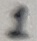
Text: 1